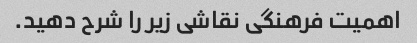
اهمیت فرهنگی نقاشی زیر را شرح دهید.